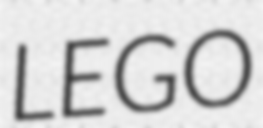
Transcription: LEGO